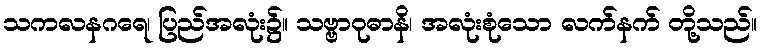
သကလနဂရေ၊ ပြည်အလုံး၌။ သဗ္ဗာဝုဓာနိ၊ အလုံးစုံသော လက်နက် တို့သည်။